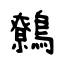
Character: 鷯